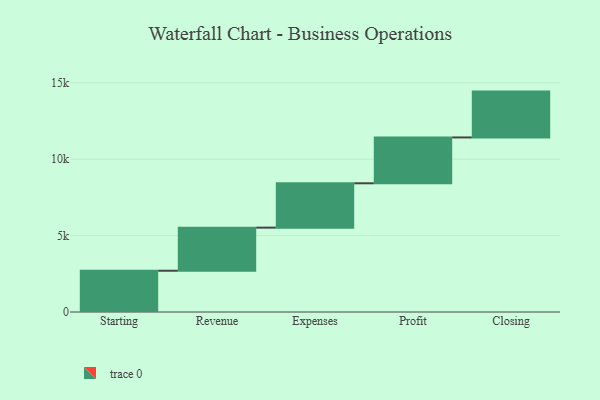
{"axis": {"x": "Step", "y": "Value"}, "legend": [""], "data": [{"x": "Starting", "y": 2700.0, "type": ""}, {"x": "Revenue", "y": 2821.0, "type": ""}, {"x": "Expenses", "y": 2902.0, "type": ""}, {"x": "Profit", "y": 3000, "type": ""}, {"x": "Closing", "y": 3000, "type": ""}]}